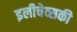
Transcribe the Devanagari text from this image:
इलीचेव्सकी